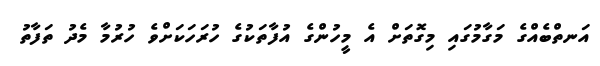
އަނތްބެއްގެ މަގާމުގައި މިގޮތަށް އެ މީހުންގެ އުފާތަކުގެ ހުރަހަކަށްވެ ހުރުމާ މެދު ތަފާތު